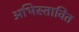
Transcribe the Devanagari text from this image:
अभिस्तावित